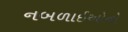
નબળાઈઓનો